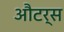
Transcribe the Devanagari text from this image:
औटर्स